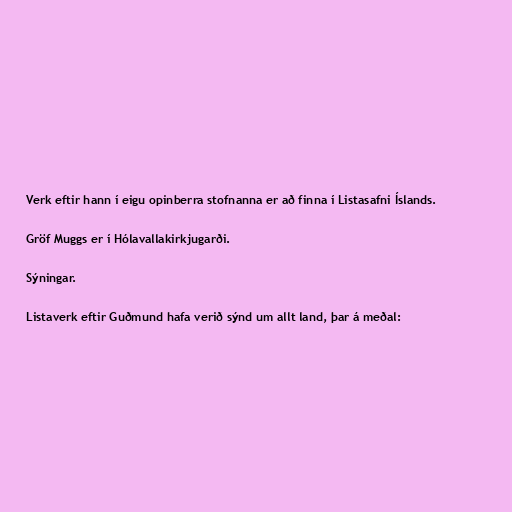
Verk eftir hann í eigu opinberra stofnanna er að finna í Listasafni Íslands.

Gröf Muggs er í Hólavallakirkjugarði.

Sýningar.

Listaverk eftir Guðmund hafa verið sýnd um allt land, þar á meðal: